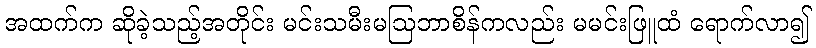
အထက်က ဆိုခဲ့သည့်အတိုင်း မင်းသမီးမဩဘာစိန်ကလည်း မမင်းဖြူထံ ရောက်လာ၍